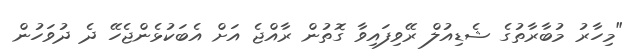
"މިހާރު މުބާރާތުގެ ޝެޑިއުލް ރޭވިފައިވާ ގޮތުން ރާއްޖެ އަށް އެބަކުޅެންޖެހޭ ދެ ދުވަހުން